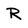
Character: R